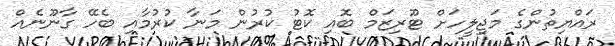
ރައްޔިތުންގެ މަޖިލީހަށް ޓޫރިޒަމް ބޮއި ކޮޓު ކުރުން މަނާ ކުރުމާއި ބެހޭ ގާނޫނެއް